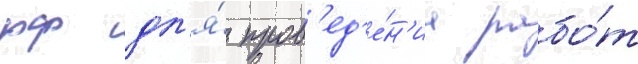
рф дл'я́ пров'ед'е́н'иа рабо́т